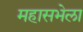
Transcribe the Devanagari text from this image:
महासभेला